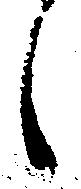
し